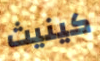
كينيث